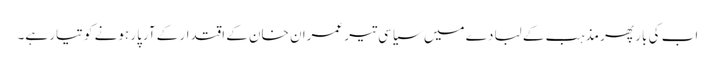
اب کی بار پھر مذہب کے لبادے میں سیاسی تیر عمران خان کے اقتدار کے آرپار ہونے کو تیار ہے۔